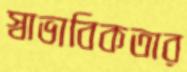
স্বাভাবিকতার